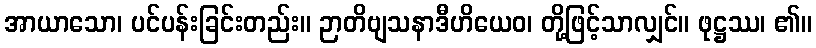
အာယာသော၊ ပင်ပန်းခြင်းတည်း။ ဉာတိဗျသနာဒီဟိယေဝ၊ တို့ဖြင့်သာလျှင်။ ဖုဋ္ဌဿ၊ ၏။